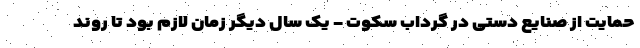
حمایت از صنایع دستی در گرداب سکوت - یک سال دیگر زمان لازم بود تا روند